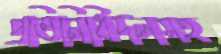
প্রতিনিধিদলসহ